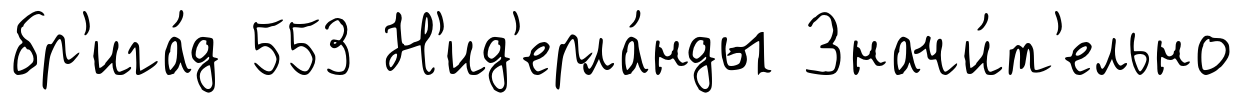
бр'ига́д 553 Н'ид'ерла́нды Значи́т'ельно